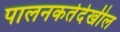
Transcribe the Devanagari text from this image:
पालनकर्तेदेखील